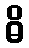
ဓိ